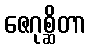
ဇေဂုစ္ဆိတာ